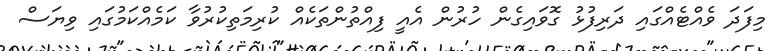
މިފަދަ ވެއްޓެއްގައި ދަރިފުޅު ގޮވައިގެން ހުރުން އެއީ ފިއްތުންތަކެއް ކުރިމަތިކުރުވާ ކަމެއްކަމުގައި ވިޔަސް